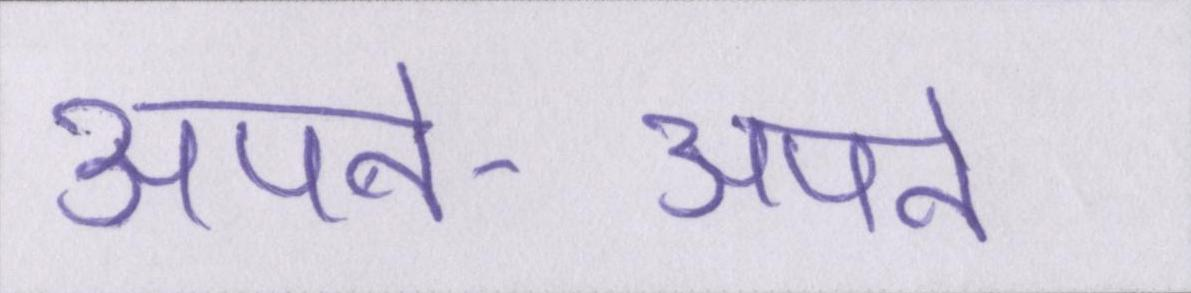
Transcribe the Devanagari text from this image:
अपने-अपने